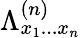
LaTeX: \Lambda_{x_{1}...x_{n}}^{(n)}